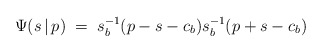
\begin{align*}\Psi(s\,|\,p)\;=\;s_b^{-1}(p-s-c_b)s_b^{-1}(p+s-c_b)\end{align*}